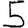
Digit: 5